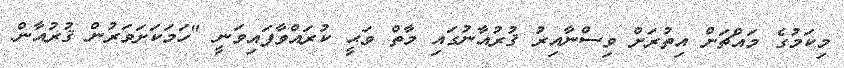
މިކަމުގެ މައްޗަށް އިތުރަށް ވިސްނާއިރު ޤުރުއާނުގައި މާތް ވަޙީ ކުރައްވާފައިވަނީ "ހަމަކަށަވަރުން ޤުރުއާން